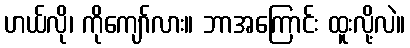
ဟယ်လို၊ ကိုကျော်လား။ ဘာအကြောင်း ထူးလို့လဲ။